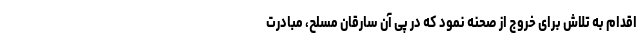
اقدام به تلاش برای خروج از صحنه نمود که در پی آن سارقان مسلح، مبادرت